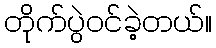
တိုက်ပွဲဝင်ခဲ့တယ်။